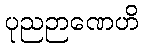
ပုညဉာဏေဟိ